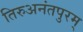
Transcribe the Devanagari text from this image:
तिरुअनंतपुरम्